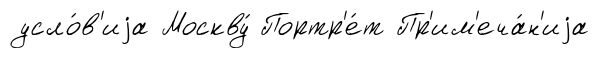
усло́в'иjа Москву́ Портр'е́т Пр'им'еча́н'иjа